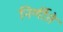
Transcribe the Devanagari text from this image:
निर्णीते